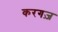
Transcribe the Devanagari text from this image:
करगज़